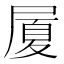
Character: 𭕥